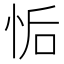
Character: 㤧